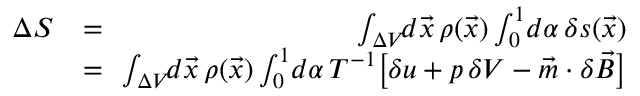
\begin{array} { r l r } { \Delta S } & { = } & { \! \! \int _ { \Delta V } \! \! d \vec { x } \, \rho ( \vec { x } ) \int _ { 0 } ^ { 1 } \! d \alpha \, \delta s ( \vec { x } ) } \\ & { = } & { \! \! \int _ { \Delta V } \! \! d \vec { x } \, \rho ( \vec { x } ) \int _ { 0 } ^ { 1 } \! d \alpha \, T ^ { - 1 } \big [ \delta u + p \, \delta V - \vec { m } \cdot \delta \vec { B } \big ] } \end{array}